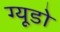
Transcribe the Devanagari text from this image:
ग्यूडो